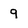
Character: 9